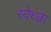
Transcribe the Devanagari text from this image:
स्‍वेच्‍छा